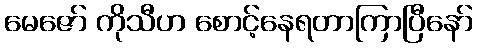
မေဇော် ကိုသီဟ စောင့်နေရတာကြာပြီနော်